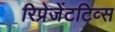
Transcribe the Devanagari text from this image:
रिप्रेजेंटटिव्स